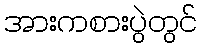
အားကစားပွဲတွင်